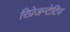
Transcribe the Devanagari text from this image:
रिप्रेजन्टेटिव